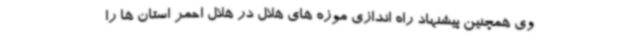
وی همچنین پیشنهاد راه اندازی موزه های هلال در هلال احمر استان ها را